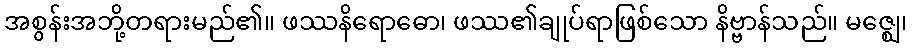
အစွန်းအဘို့တရားမည်၏။ ဖဿနိရောဓော၊ ဖဿ၏ချုပ်ရာဖြစ်သော နိဗ္ဗာန်သည်။ မဇ္ဈေ၊